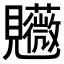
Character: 𧢤